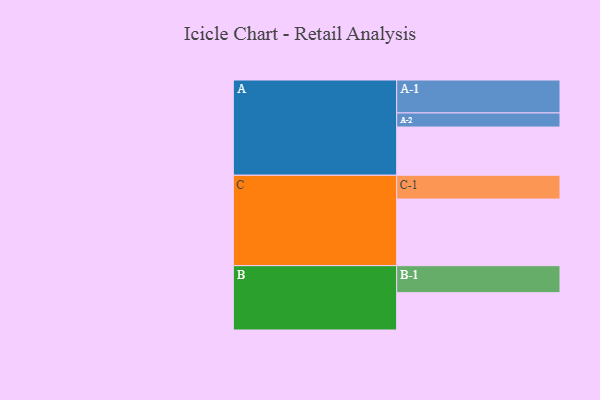
{"axis": {"x": "Segment", "y": "Value"}, "legend": ["", "A", "B", "C"], "data": [{"x": "A", "y": 407, "type": ""}, {"x": "B", "y": 315, "type": ""}, {"x": "C", "y": 562, "type": ""}, {"x": "A-1", "y": 278, "type": "A"}, {"x": "A-2", "y": 119, "type": "A"}, {"x": "B-1", "y": 228, "type": "B"}, {"x": "C-1", "y": 201, "type": "C"}]}